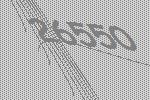
26550